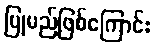
ပြုမည်ဖြစ်ကြောင်း